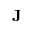
\mathbf { J }